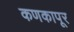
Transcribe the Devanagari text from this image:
कणकापूर